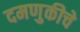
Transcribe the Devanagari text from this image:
दमणुकीचे